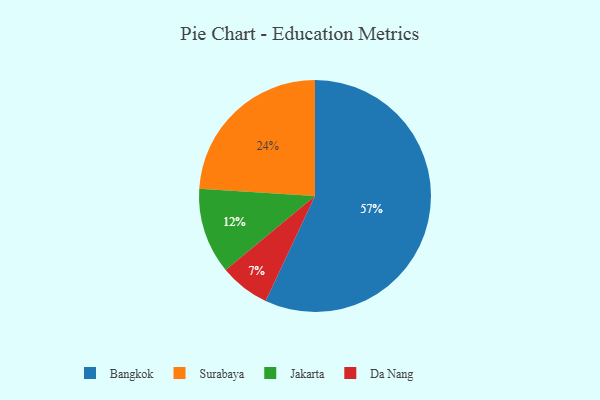
{"axis": {"x": "Category", "y": "Percentage"}, "legend": ["Bangkok", "Da Nang", "Jakarta", "Surabaya"], "data": [{"x": "Jakarta", "y": 12, "type": "Jakarta"}, {"x": "Da Nang", "y": 7, "type": "Da Nang"}, {"x": "Bangkok", "y": 57, "type": "Bangkok"}, {"x": "Surabaya", "y": 24, "type": "Surabaya"}]}